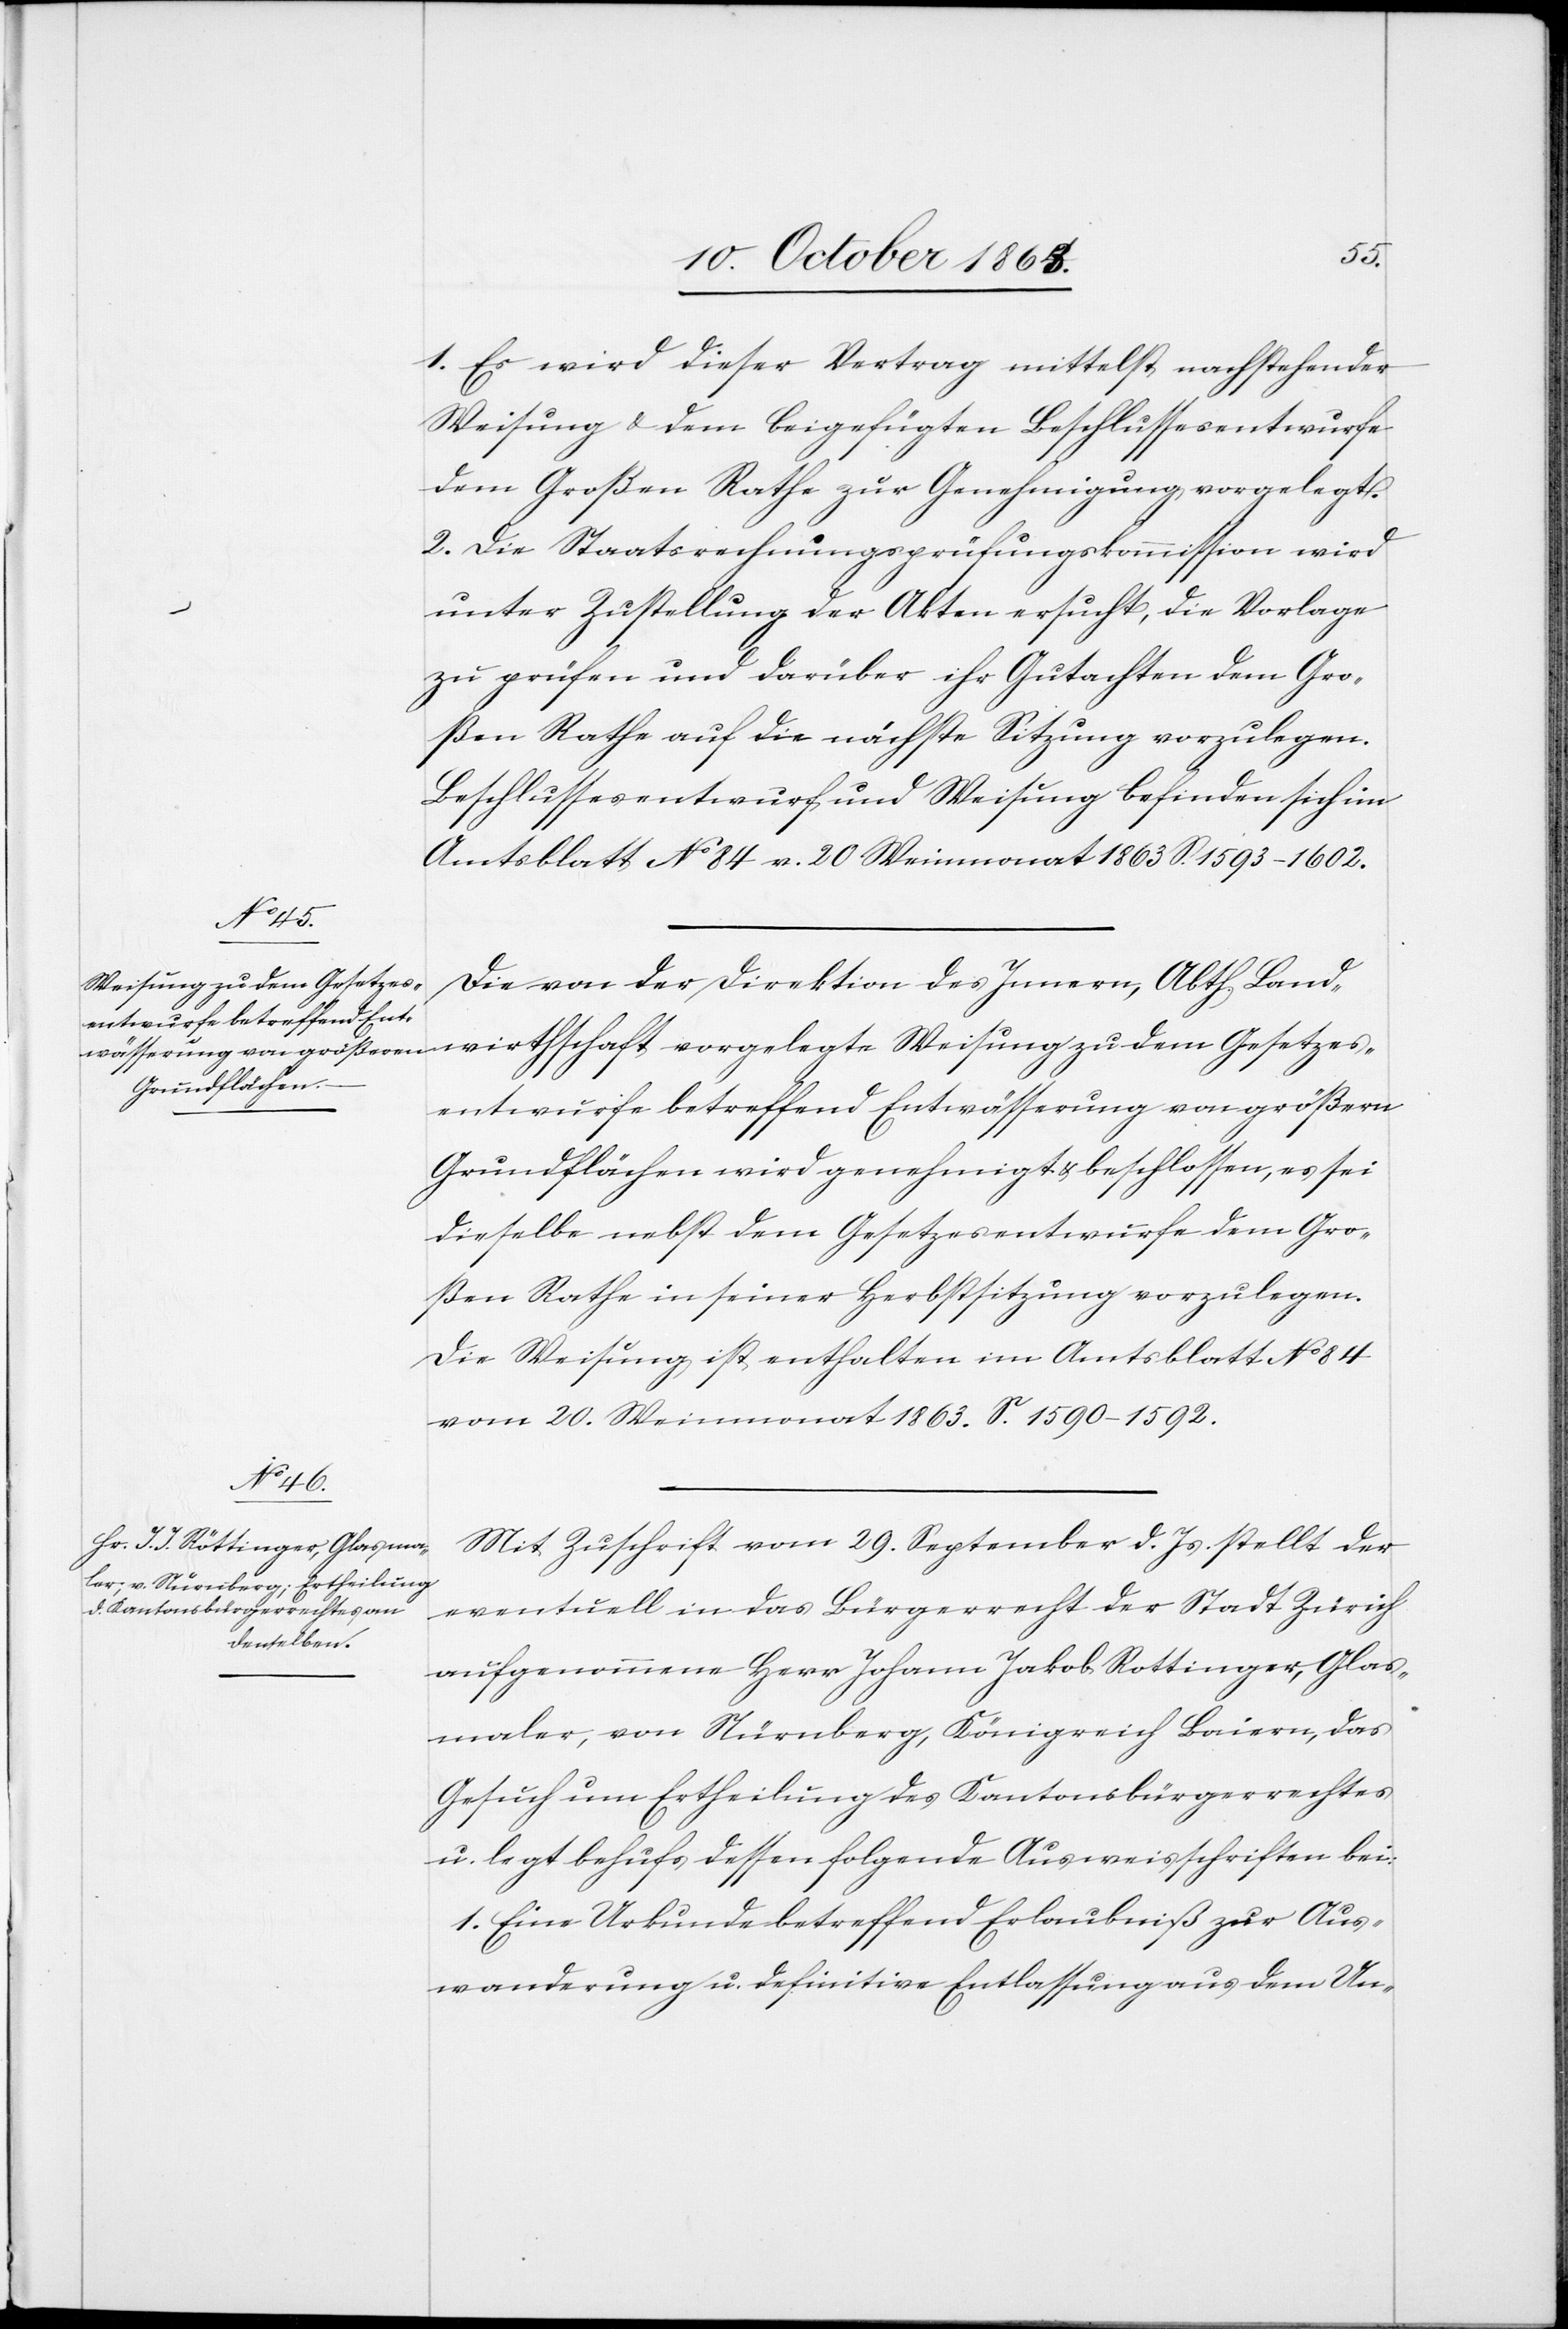
1. Es wird dieser Vertrag mittelst nachstehender
Weisung & dem beigefügten Beschlussesentwurfe
dem Großen Rathe zur Genehmigung vorgelegt.
2. Die Staatsrechnungsprüfungskommission wird
unter Zustellung der Akten ersucht, die Vorlage
zu prüfen und darüber ihr Gutachten dem Gro¬
ßen Rathe auf die nächste Sitzung vorzulegen.
Beschlussesentwurf und Weisung befinden sich im
Amtsblatt No 84 v. 20 Weinmonat 1863 S. 1593–1602.
Die von der Direktion des Innern, Abth. Land¬
wirthschaft vorgelegte Weisung zu dem Gesetzes¬
entwurfe betreffend Entwässerung von größern
Grundflächen wird genehmigt & beschlossen, es sei
dieselbe nebst dem Gesetzesentwurfe dem Gro¬
ßen Rathe in seiner Herbstsitzung vorzulegen.
Die Weisung ist enthalten im Amtsblatt No 84
vom 20. Weinmonat 1863. S. 1590–1592.
Mit Zuschrift vom 29. September d. Js. stellt der
eventuell in das Bürgerrecht der Stadt Zürich
aufgenommene Herr Johann Jakob Rottinger, Glas¬
maler, von Nürnberg, Königreich Baiern, das
Gesuch um Ertheilung des Kantonsbürgerrechtes
u. legt behufs dessen folgende Ausweisschriften bei:
1. Eine Urkunde betreffend Erlaubniß zur Aus¬
wanderung u. definitive Entlassung aus dem Un-